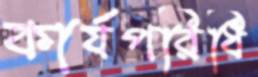
কার্যপরিধি